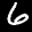
Label: 6